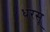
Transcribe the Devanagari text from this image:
धरसू